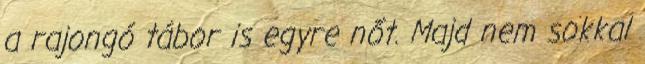
a rajongó tábor is egyre nőt. Majd nem sokkal